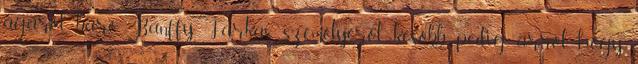
ágáról, báró Bánffy Farkas személyéről, később pedig arról, hogy